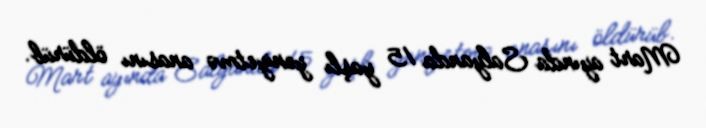
Mart ayında Salyanda 15 yaşlı yeniyetmə anasını öldürüb.